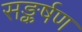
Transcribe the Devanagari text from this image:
सङ्कर्षण